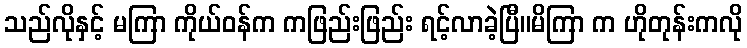
သည်လိုနှင့် မကြာ ကိုယ်ဝန်က ကဖြည်းဖြည်း ရင့်လာခဲ့ပြီ။မိကြာ က ဟိုတုန်းကလို